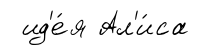
ид'е́я Ал'и́са